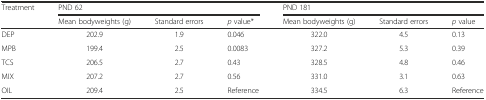
<table><thead><tr><td rowspan="2"><b>Treatment</b></td><td colspan="3"><b>PND 62</b></td><td colspan="3"><b>PND 181</b></td></tr><tr><td><b>Mean bodyweights (g)</b></td><td><b>Standard errors</b></td><td><b><i>p</i> value*</b></td><td><b>Mean bodyweights (g)</b></td><td><b>Standard errors</b></td><td><b><i>p</i> value</b></td></tr></thead><tbody><tr><td>DEP</td><td>202.9</td><td>1.9</td><td>0.046</td><td>322.0</td><td>4.5</td><td>0.13</td></tr><tr><td>MPB</td><td>199.4</td><td>2.5</td><td>0.0083</td><td>327.2</td><td>5.3</td><td>0.39</td></tr><tr><td>TCS</td><td>206.5</td><td>2.7</td><td>0.43</td><td>328.5</td><td>4.8</td><td>0.46</td></tr><tr><td>MIX</td><td>207.2</td><td>2.7</td><td>0.56</td><td>331.0</td><td>3.1</td><td>0.63</td></tr><tr><td>OIL</td><td>209.4</td><td>2.5</td><td>Reference</td><td>334.5</td><td>6.3</td><td>Reference</td></tr></tbody></table>